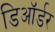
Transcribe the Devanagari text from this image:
डिऑर्डर